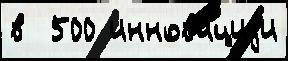
в  500 иннова́циjи